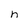
Character: n